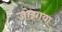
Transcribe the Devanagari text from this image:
जोझाया